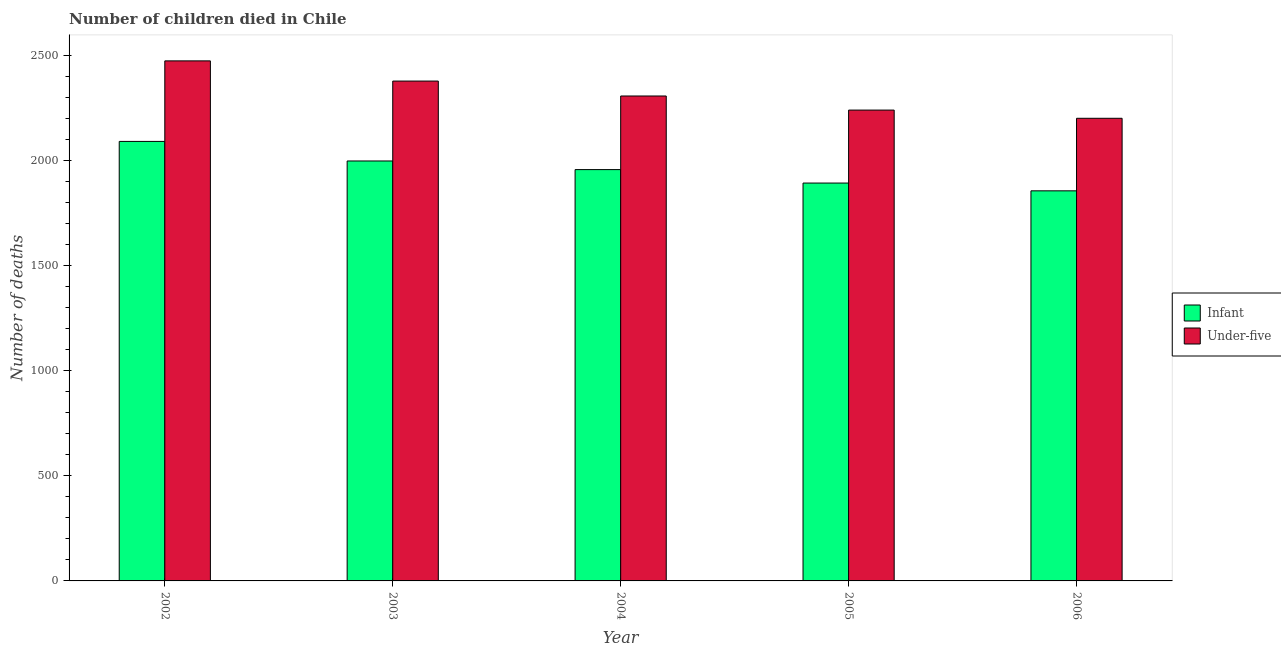
| Year | Infant | Under-five |
 | --- | --- | --- |
 | 2002 | 2.09e+03 | 2.47e+03 |
 | 2003 | 2e+03 | 2.38e+03 |
 | 2004 | 1.96e+03 | 2.31e+03 |
 | 2005 | 1.89e+03 | 2.24e+03 |
 | 2006 | 1.86e+03 | 2.2e+03 |